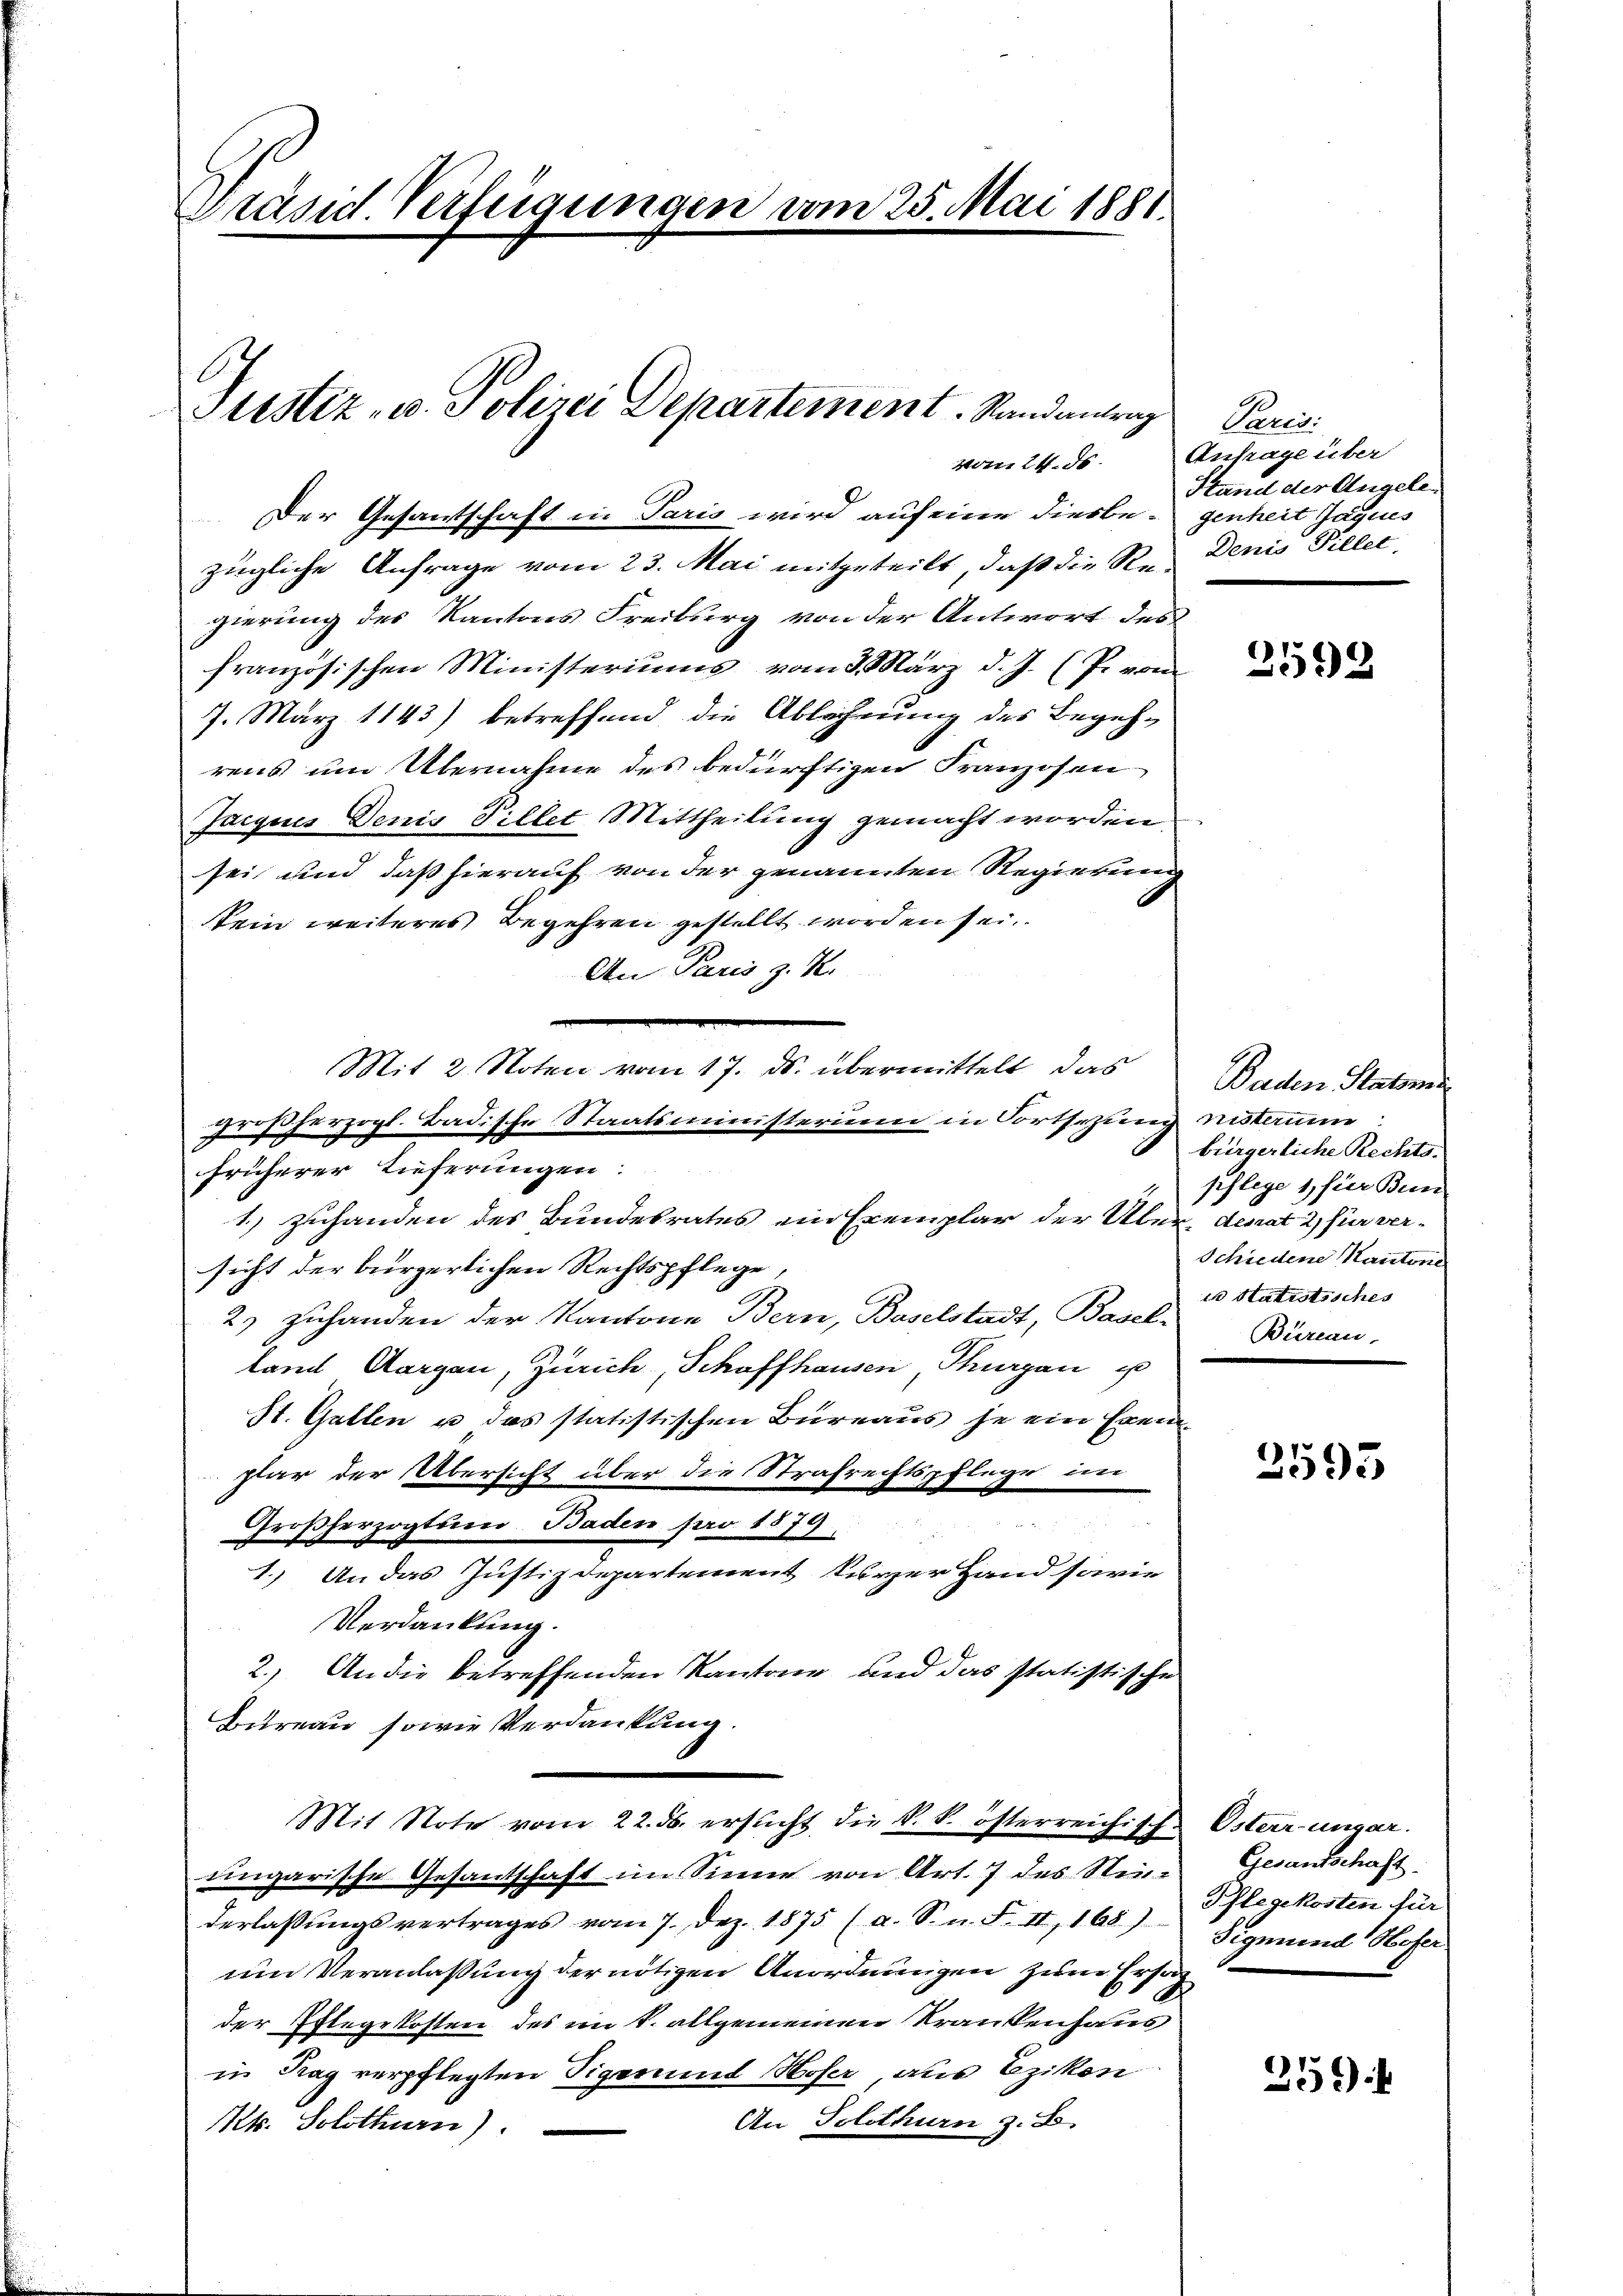
Präsid. Verfügungen vom 25. Mai 1881.

Justiz- u. Polizei Departement. Randantrag

Mit 2. Noten vom 17. ds. übermittelt, das

vorn 24. ds.
Der Gesantschaft in Paris wird auf eine diesbe-genheit Jaques
zügliche Anfrage vom 23. Mai mitgeteilt, daß die Re¬ Denis Pillet,
gierung des Kantons Freiburg von der Antwort des
französischen Ministeriums vom 3. März d. J. (P. von
7. März 1843) betreffend die Ablehnung des Begehrens um Übernahme des bedürftigen Franzosen
Jacques Denis Pillet Mittheilung gemacht worden,
sei und daß hierauf von der genannten Regierung
kein weiteres Begehren gestellt worden sei.
An Paris z. K.
roßherzogl. Badische Staatsministerium in Fortsezung nisterum.
früherer Lieferungen:
1.) Zuhanden des Bundesrates ein Exemplar der Über- denat 2, für versicht der bürgerlichen Rechtspflege,
2) zuhanden der Kantone Bern, Baselstadt, Basel-
land Aargau, Zürich, Schaffhausen, Thurgau u
St. Gallen u das statistischen Büreaus je ein Exem-
plar der Übersicht über die Strafrechtspflege im
Großherzogtum Baden pro 1879.
1.) An das Justizdepartement kurzer Hand sowie
Verdankung.
2.) An die betreffenden Kantone und das statistische
Bureau sowie Verdankung.
Mit Note vom 22. ds. ersucht die k. k. österreichische
ungarische Gesantschaft im Sinne von Art. 7 des Stim-
derlassŭngsvertrages vom 7. Dez. 1875 (a. S. n. F. II, 168)
um Veranlassung der nötigen Anordnungen zum Ersat
der Pflegekosten des im 1. allgemeinen Krankenhaus
in Tag verpflegten Sigerund Hoser, aus Ezikon
An Solothurn z. B.
Kt. Solothurn)

Paris:
Anfrage über
Stand der Angele¬

2592

Baden Statoren
bürgerliche Rechts.
pflege 1, für Bun
Schiedene Kantone
is Statistisches
Büreau,

3593

Österr-ungar.
Gesantschaft.
Phlegekosten für
Sigmund Hofer

259.